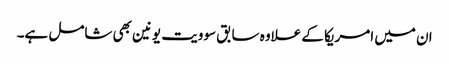
ان میں امریکا کے علاوہ سابق سوویت یونین بھی شامل ہے۔